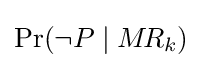
\Pr(\lnot P\mid M\!R_{k})